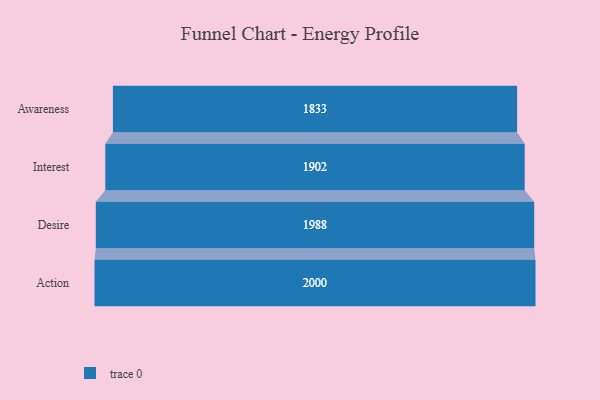
{"axis": {"x": "Stage", "y": "Value"}, "legend": [""], "data": [{"x": "Awareness", "y": 1833.0, "type": ""}, {"x": "Interest", "y": 1902.0, "type": ""}, {"x": "Desire", "y": 1988.0, "type": ""}, {"x": "Action", "y": 2000, "type": ""}]}